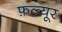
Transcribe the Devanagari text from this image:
फ़ल्यूर